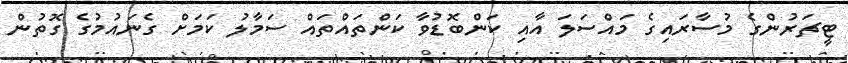
ޓީޗަރުންގެ މުސާރައިގެ މައްސަލަ އާއި ކަންބޮޑުވާ ކަންތައްތައް ސަމާލު ކަމަށް ގެނައުމުގެ ގޮތުން